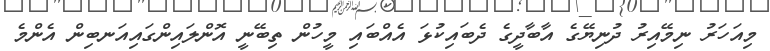
މިއަހަރު ނިމޭއިރު ދުނިޔޭގެ އާބާދީގެ ދެބައިކުޅަ އެއްބައި މީހުން ތިބޭނީ އޮންލައިންގައިއަނބިން އެންމެ